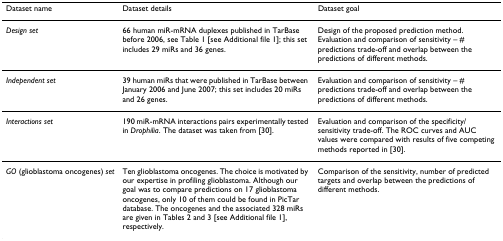
| Dataset name | Dataset details | Dataset goal |
 | --- | --- | --- |
 | Design set | 66 human miR-mRNA duplexes published in TarBase before 2006, see Table 1 [see Additional file 1]; this set includes 29 miRs and 36 genes. | Design of the proposed prediction method. Evaluation and comparison of sensitivity – # predictions trade-off and overlap between the predictions of different methods. |
 | Independent set | 39 human miRs that were published in TarBase between January 2006 and June 2007; this set includes 20 miRs and 26 genes. | Evaluation and comparison of sensitivity – # predictions trade-off and overlap between the predictions of different methods. |
 | Interactions set | 190 miR-mRNA interactions pairs experimentally tested in Drophilia. The dataset was taken from [30]. | Evaluation and comparison of the specificity/sensitivity trade-off. The ROC curves and AUC values were compared with results of five competing methods reported in [30]. |
 | GO (glioblastoma oncogenes) set | Ten glioblastoma oncogenes. The choice is motivated by our expertise in profiling glioblastoma. Although our goal was to compare predictions on 17 glioblastoma oncogenes, only 10 of them could be found in PicTar database. The oncogenes and the associated 328 miRs are given in Tables 2 and 3 [see Additional file 1], respectively. | Comparison of the sensitivity, number of predicted targets and overlap between the predictions of different methods. |